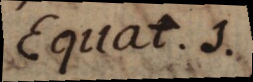
Equat. 1.